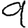
Digit: 9